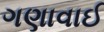
ગણાવાઈ